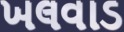
ખલવાડ